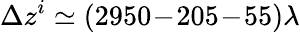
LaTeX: \Delta z^{i}\simeq(2950\! -\! 205\! -\! 55)\lambda